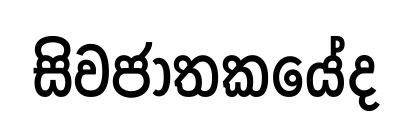
සිවජාතකයේද